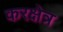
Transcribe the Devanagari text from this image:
करक्षेत्र